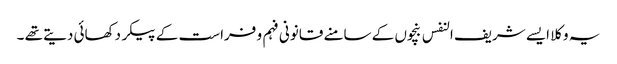
یہ وکلا ایسے شریف النفس بنچوں کے سامنے قانونی فہم و فراست کے پیکر دکھائی دیتے تھے ۔